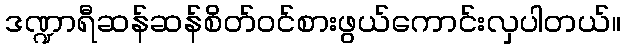
ဒဏ္ဍာရီဆန်ဆန်စိတ်ဝင်စားဖွယ်ကောင်းလှပါတယ်။